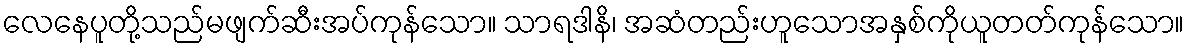
လေနေပူတို့သည်မဖျက်ဆီးအပ်ကုန်သော။ သာရဒါနိ၊ အဆံတည်းဟူသောအနှစ်ကိုယူတတ်ကုန်သော။